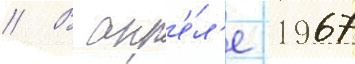
// В апр'е́л'е 1967